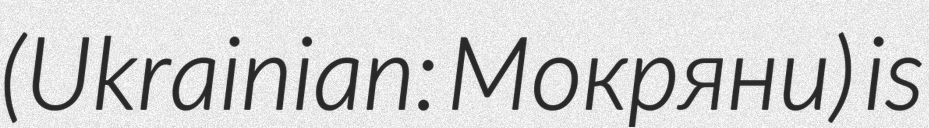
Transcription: (Ukrainian: Мокряни) is